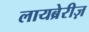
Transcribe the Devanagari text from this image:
लायब्रेरीज़